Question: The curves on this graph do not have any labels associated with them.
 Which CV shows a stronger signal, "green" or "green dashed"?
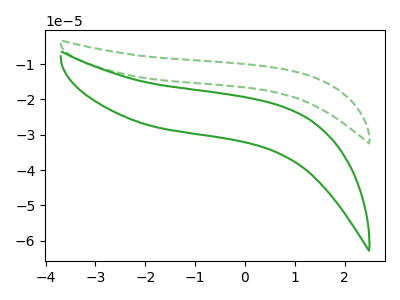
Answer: <think>The green dashed curve "green dashed" has no peaks. The green curve "green" has no peaks.
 Neither "green" or "green dashed" have any peaks.</think>
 <answer>I cant tell if "green" or "green dashed" has more signal.</answer>
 <eval>mixed_signal</eval>